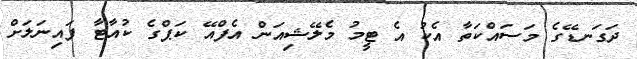
ދަގަނޑޭގެ މަސައްކަތާ އެކު އެ ޓީމު މެލޭޝިއަން އެފްއޭ ކަޕްގެ ކުއާޓާ ފައިނަލަށް